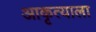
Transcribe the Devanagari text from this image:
आकृत्याला